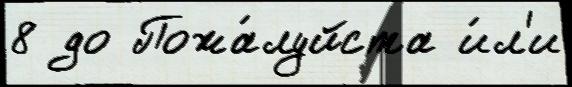
8 до Пожа́луйста и́л'и